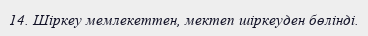
14. Шіркеу мемлекеттен, мектеп шіркеуден бөлінді.